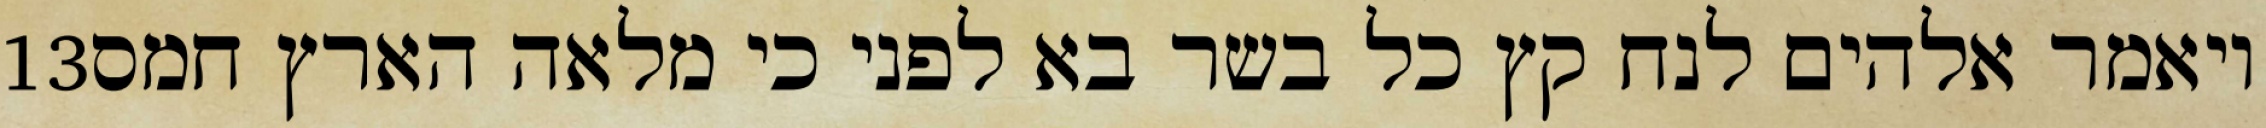
‎13‏ ויאמר אלהים לנח קץ כל בשר בא לפני כי מלאה הארץ חמס